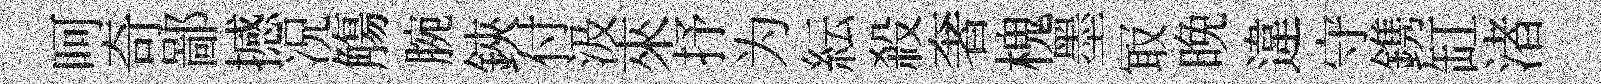
呵奇鄙撼况觴腕鋏付汲來抒为紜殺奢槐墨冣晩違守鎸缸渚